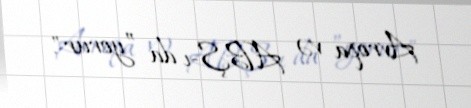
Avropa və ABŞ-ı da ”yorur".